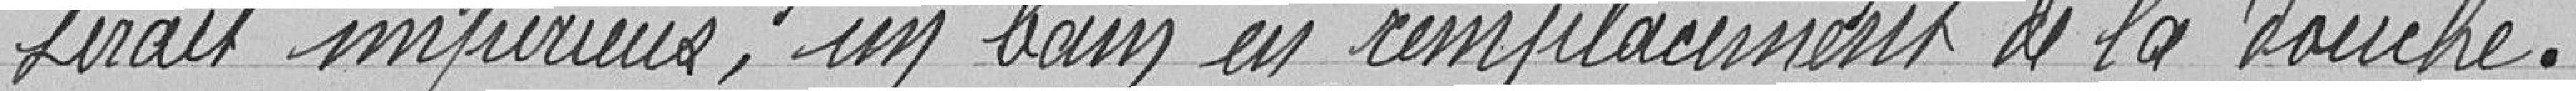
serait inférieur, un bain en remplacement de la douche.